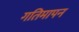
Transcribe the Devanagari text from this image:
गतिमापन